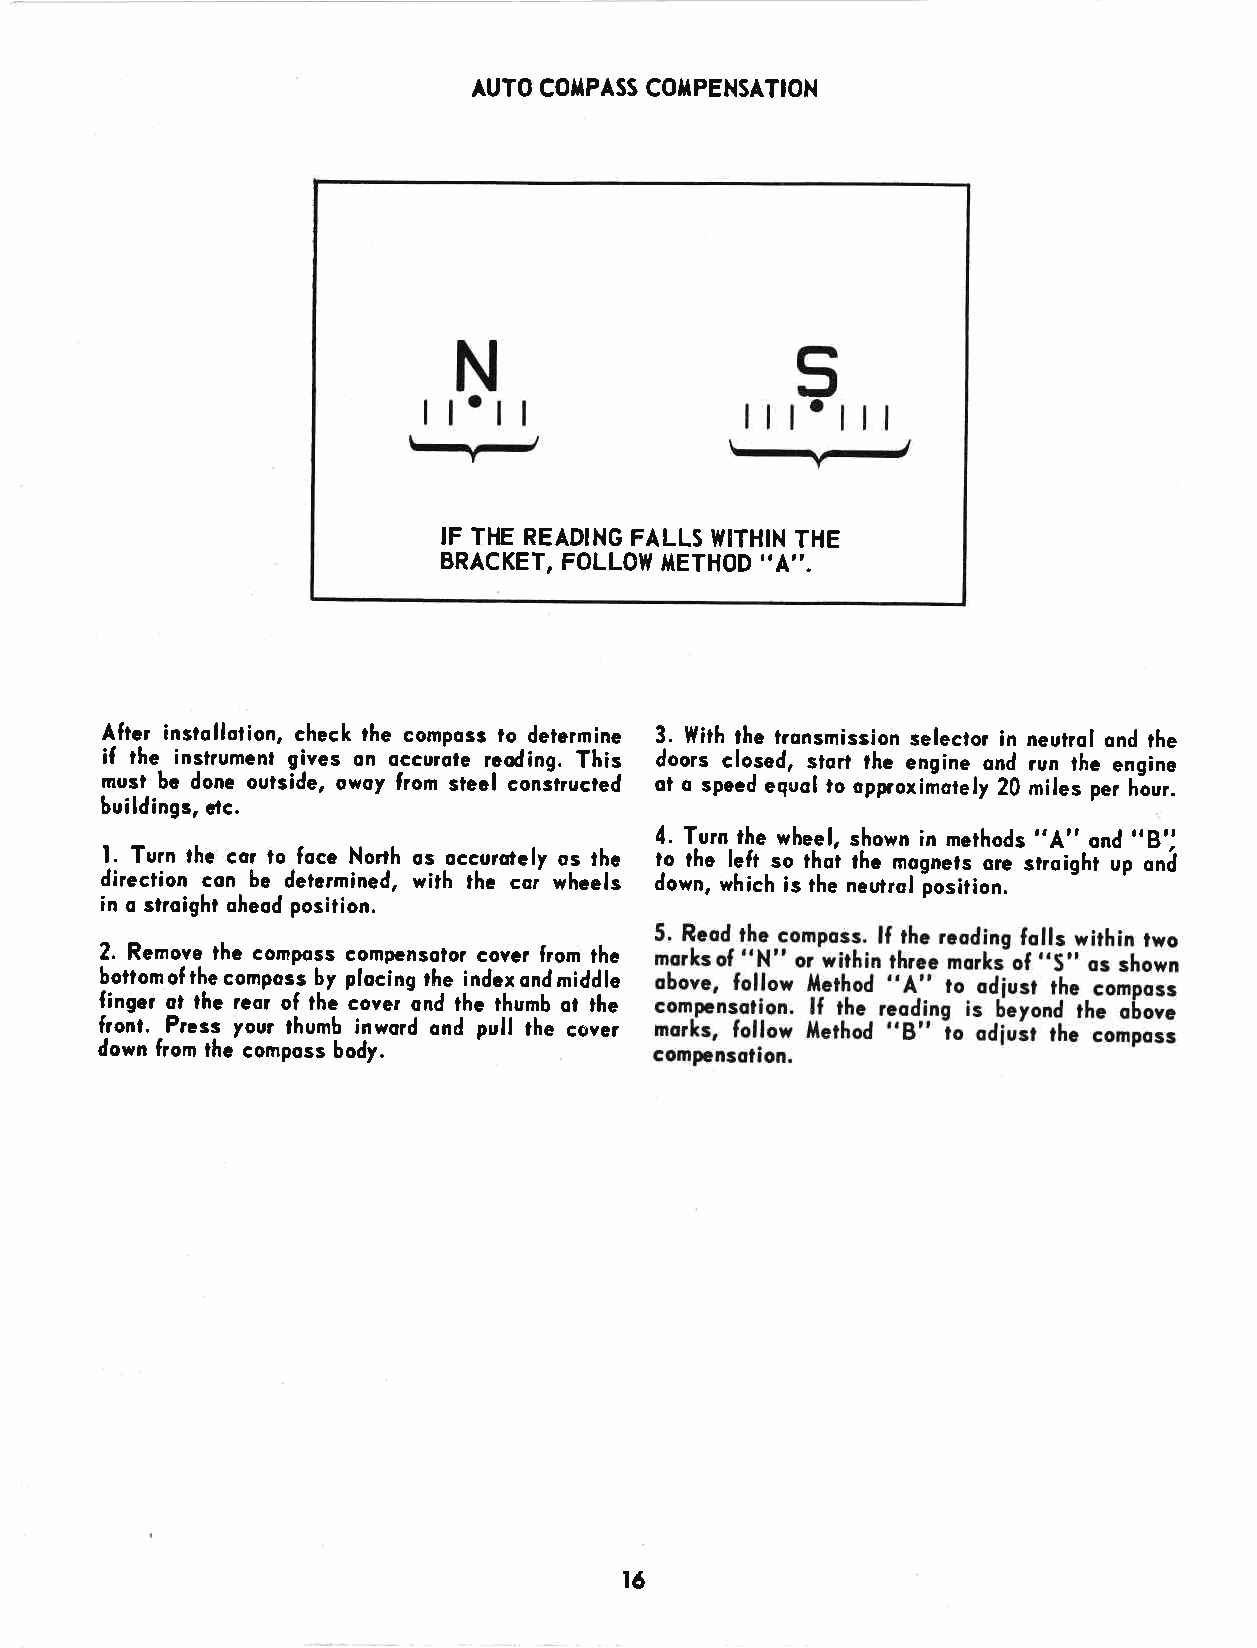
AUTO COTPASS COTIPENSATION
 IF THE READING FALLS I|ITHIN THE
 BRACKET, FOLLOW IIETHOD "A".
 After instollotion, check the composs to determine 3. With the tronsmission selector in neuirot ond the
 if
 the- instrument gives on occurote rcoding. This doors closed, siort the engine ond run the engine
 must bc done outside, owoy from stecl conJructed ot o speed equcl to opproximotely 20 miles per hlur.
 buildings, ctc.
 l.                                  4. Turn the wheel, shown in methods "A" ond "B'l
 Turn lhe cor to foce Norrh os occurotely os the to the lelt so thoi the mognets ore siroight up onj
 direction con be determined, with the cai whcels down, whach is the neutrol losition.
 in o stroight oheod position.
 2. Remove the composs compansolor cover from the
 borom of the composs by plocing the indcx ond middle
 finger ot the reor of the cover ond the thumb ot ihe
 front. Prcss your thumb inword ond pull the cover
 down from thc composs body.
 r6